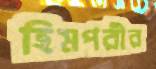
হিমপরীর